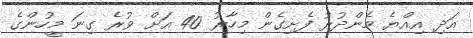
އަދި އިއްޔެ މެންދުރު ފެށިގެން މިހާރު 40 އަށް ވުރެ ގިނަ މީހުންގެ